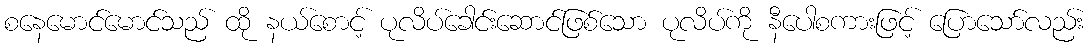
စနေမောင်မောင်သည် ထို နယ်စောင့် ပုလိပ်ခေါင်းဆောင်ဖြစ်သော ပုလိပ်ကို နီပေါစကားဖြင့် ပြောသော်လည်း